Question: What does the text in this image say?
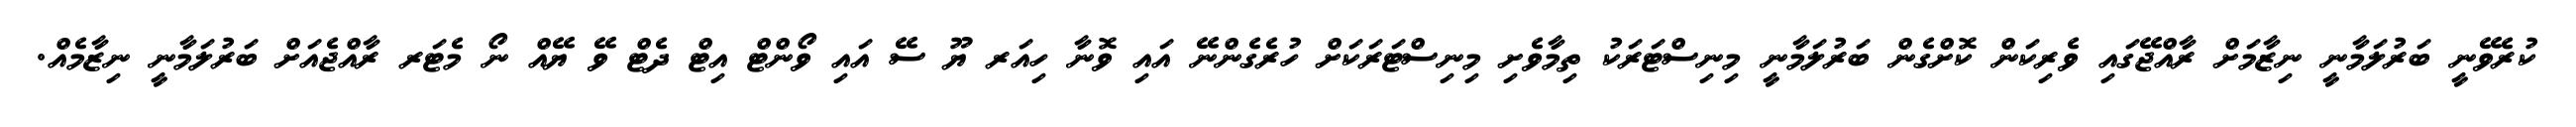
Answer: ކުރެވޭނީ ބަރުލަމާނީ ނިޒާމަށް ރާއްޖޭގައި ވެރިކަން ކޮށްގެން ބަރުލަމާނީ މިނިސްޓަރަކު ތިމާވެށި މިނިސްޓަރަކަށް ހުރެގެންނޭ އައި ވޮނާ ހިއަރ ޔޫ ސޭ އައި ވޯންޓް އިޓް ދެޓް ވޭ ޔޭއް ނޯ މެޓަރ ރާއްޖެއަށް ބަރުލަމާނީ ނިޒާމެއް.